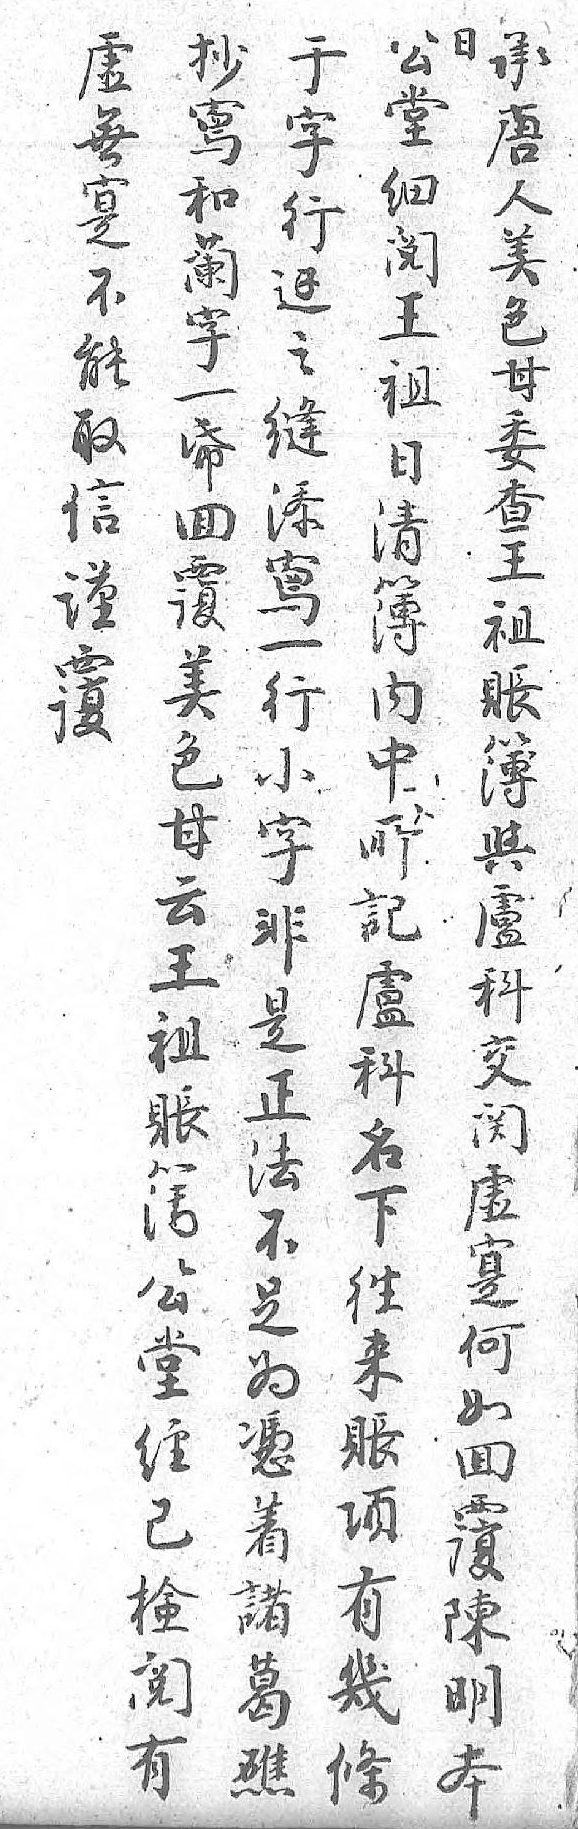
承日虚公于抄唐 無堂字寫人 寔细行和美 不阅边蘭色 能王之字甘 取祖缝一委 信日添帋查 谨清寫囬王 覆簿一覆祖  内行美賬  中小色簿  所字甘與  記非云盧  盧是王科  科正祖交  名法賬関  下不簿虚  往足公寔  来为堂何  賬憑經如  項着已囬  有諸検覆  幾葛阅陳  條礁有明     本